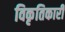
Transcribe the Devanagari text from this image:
विकृतिकारी